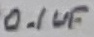
Text: 0.1uF